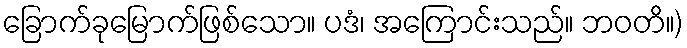
ခြောက်ခုမြောက်ဖြစ်သော။ ပဒံ၊ အကြောင်းသည်။ ဘဝတိ။)